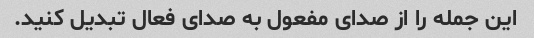
این جمله را از صدای مفعول به صدای فعال تبدیل کنید.